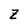
Character: Z